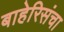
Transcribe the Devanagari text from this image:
बाहेरिसंचा